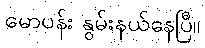
မောပန်း နွမ်းနယ်နေပြီ။